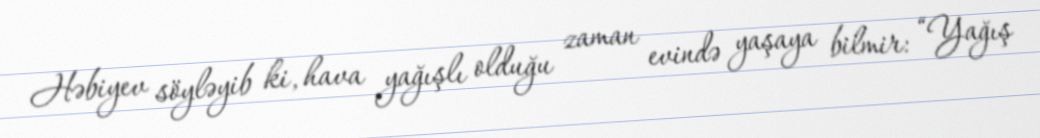
Həbiyev söyləyib ki, hava yağışlı olduğu zaman evində yaşaya bilmir: “Yağış